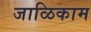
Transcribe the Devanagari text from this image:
जाळिकाम